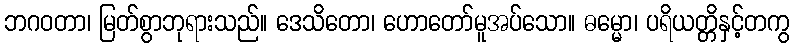
ဘဂဝတာ၊ မြတ်စွာဘုရားသည်။ ဒေသိတော၊ ဟောတော်မူအပ်သော။ ဓမ္မော၊ ပရိယတ္တိနှင့်တကွ